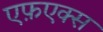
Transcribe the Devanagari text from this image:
एफ़एक्स